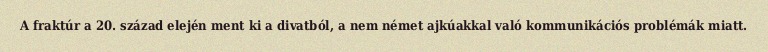
A fraktúr a 20. század elején ment ki a divatból, a nem német ajkúakkal való kommunikációs problémák miatt.